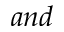
a n d